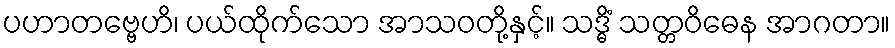
ပဟာတဗ္ဗေဟိ၊ ပယ်ထိုက်သော အာသဝတို့နှင့်။ သဒ္ဓိံ သတ္တဝိဓေန အာဂတာ။